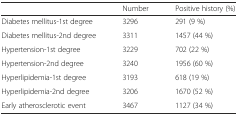
<table><thead><tr><td></td><td><b>Number</b></td><td><b>Positive history (%)</b></td></tr></thead><tbody><tr><td>Diabetes mellitus-1st degree</td><td>3296</td><td>291 (9 %)</td></tr><tr><td>Diabetes mellitus-2nd degree</td><td>3311</td><td>1457 (44 %)</td></tr><tr><td>Hypertension-1st degree</td><td>3229</td><td>702 (22 %)</td></tr><tr><td>Hypertension-2nd degree</td><td>3240</td><td>1956 (60 %)</td></tr><tr><td>Hyperlipidemia-1st degree</td><td>3193</td><td>618 (19 %)</td></tr><tr><td>Hyperlipidemia-2nd degree</td><td>3206</td><td>1670 (52 %)</td></tr><tr><td>Early atherosclerotic event</td><td>3467</td><td>1127 (34 %)</td></tr></tbody></table>